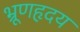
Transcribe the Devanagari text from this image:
भ्रूणहृदय